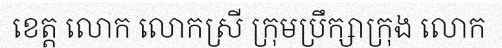
ខេត្ត លោក លោកស្រី ក្រុមប្រឹក្សាក្រុង លោក